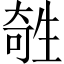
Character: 𤯱